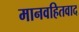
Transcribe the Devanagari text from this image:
मानवहितवाद